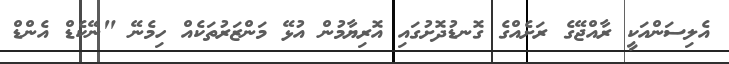
އެލިސަންއަކީ ރާއްޖޭގެ ރަށެއްގެ ގޮނޑުދޮށުގައި އޮރިޔާމުން އުޅޭ މަންޒަރުތަކެއް ހިމެނޭ "ނޭކެޑް އެންޑް